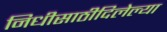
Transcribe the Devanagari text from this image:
निधीसाठीदिलेल्या